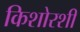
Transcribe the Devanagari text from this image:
किशोरशी